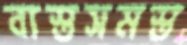
ব্যস্তসমস্ত